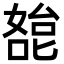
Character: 㗠